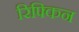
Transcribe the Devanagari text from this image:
रिफ्किन